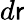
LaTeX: d\mathsf{r}